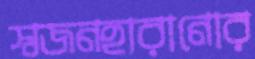
স্বজনহারানোর